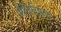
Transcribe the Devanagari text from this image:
पोलिटिकल